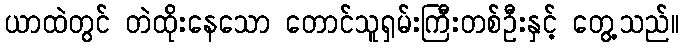
ယာထဲတွင် တဲထိုးနေသော တောင်သူရှမ်းကြီးတစ်ဦးနှင့် တွေ့သည်။